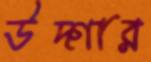
উদ্‌গার